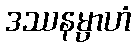
ဒဿနမ္ပာဟံ